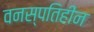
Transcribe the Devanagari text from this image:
वनस्पतिहीन